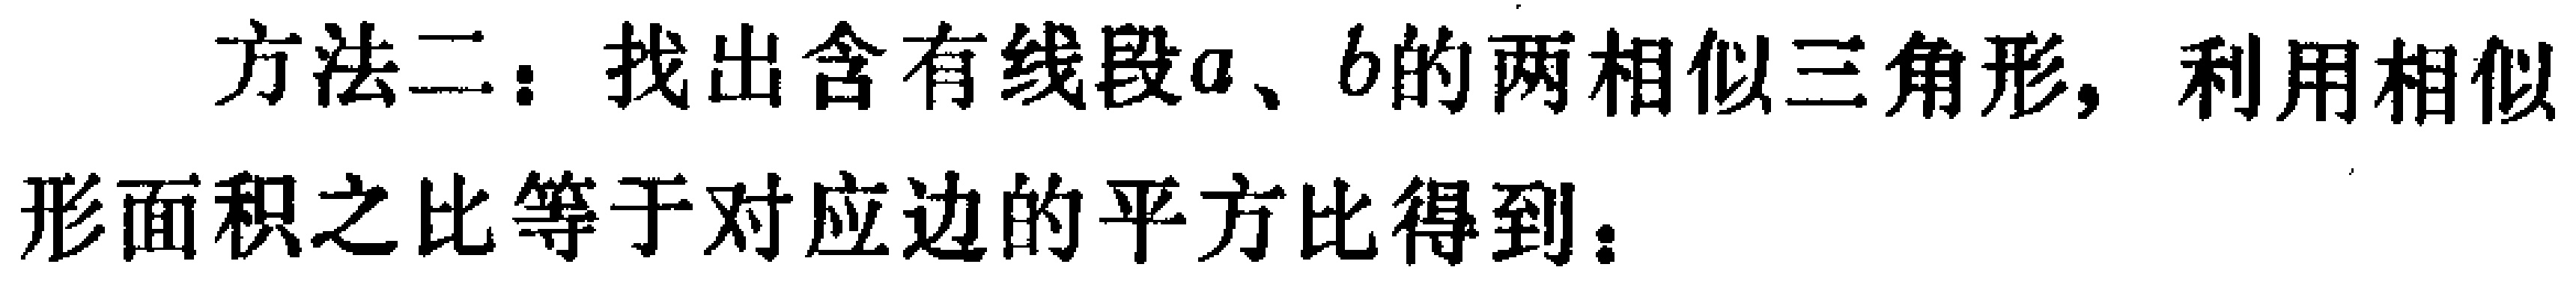
方法二：找出含有线段\(a\)、\(b\)的两相似三角形，利用相似形面积之比等于对应边的平方比得到：